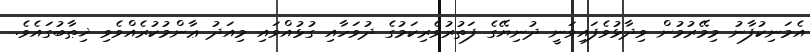
އެމަނިކުފާނު މިމޭރުމުން ވިދާޅުވެފައިވަނީ ދުނިޔޭގެ ފަތުރުވެރިކަމުގެ ދުވަހާއި ގުޅުއްވައި މިއަދު ޢާންމުކުރެއްވެވި ޚިޠާބުގައެވެ.